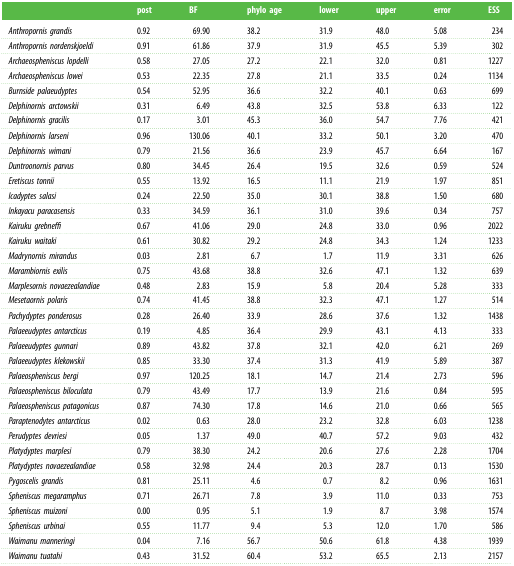
<table><thead><tr><td></td><td><b>post</b></td><td><b>BF</b></td><td><b>phylo age</b></td><td><b>lower</b></td><td><b>upper</b></td><td><b>error</b></td><td><b>ESS</b></td></tr></thead><tbody><tr><td><i>Anthropornis grandis</i></td><td>0.92</td><td>69.90</td><td>38.2</td><td>31.9</td><td>48.0</td><td>5.08</td><td>234</td></tr><tr><td><i>Anthropornis nordenskjoeldi</i></td><td>0.91</td><td>61.86</td><td>37.9</td><td>31.9</td><td>45.5</td><td>5.39</td><td>302</td></tr><tr><td><i>Archaeospheniscus lopdelli</i></td><td>0.58</td><td>27.05</td><td>27.2</td><td>22.1</td><td>32.0</td><td>0.81</td><td>1227</td></tr><tr><td><i>Archaeospheniscus lowei</i></td><td>0.53</td><td>22.35</td><td>27.8</td><td>21.1</td><td>33.5</td><td>0.24</td><td>1134</td></tr><tr><td><i>Burnside palaeudyptes</i></td><td>0.54</td><td>52.95</td><td>36.6</td><td>32.2</td><td>40.1</td><td>0.63</td><td>699</td></tr><tr><td><i>Delphinornis arctowskii</i></td><td>0.31</td><td>6.49</td><td>43.8</td><td>32.5</td><td>53.8</td><td>6.33</td><td>122</td></tr><tr><td><i>Delphinornis gracilis</i></td><td>0.17</td><td>3.01</td><td>45.3</td><td>36.0</td><td>54.7</td><td>7.76</td><td>421</td></tr><tr><td><i>Delphinornis larseni</i></td><td>0.96</td><td>130.06</td><td>40.1</td><td>33.2</td><td>50.1</td><td>3.20</td><td>470</td></tr><tr><td><i>Delphinornis wimani</i></td><td>0.79</td><td>21.56</td><td>36.6</td><td>23.9</td><td>45.7</td><td>6.64</td><td>167</td></tr><tr><td><i>Duntroonornis parvus</i></td><td>0.80</td><td>34.45</td><td>26.4</td><td>19.5</td><td>32.6</td><td>0.59</td><td>524</td></tr><tr><td><i>Eretiscus tonnii</i></td><td>0.55</td><td>13.92</td><td>16.5</td><td>11.1</td><td>21.9</td><td>1.97</td><td>851</td></tr><tr><td><i>Icadyptes salasi</i></td><td>0.24</td><td>22.50</td><td>35.0</td><td>30.1</td><td>38.8</td><td>1.50</td><td>680</td></tr><tr><td><i>Inkayacu paracasensis</i></td><td>0.33</td><td>34.59</td><td>36.1</td><td>31.0</td><td>39.6</td><td>0.34</td><td>757</td></tr><tr><td><i>Kairuku grebneffi</i></td><td>0.67</td><td>41.06</td><td>29.0</td><td>24.8</td><td>33.0</td><td>0.96</td><td>2022</td></tr><tr><td><i>Kairuku waitaki</i></td><td>0.61</td><td>30.82</td><td>29.2</td><td>24.8</td><td>34.3</td><td>1.24</td><td>1233</td></tr><tr><td><i>Madrynornis mirandus</i></td><td>0.03</td><td>2.81</td><td>6.7</td><td>1.7</td><td>11.9</td><td>3.31</td><td>626</td></tr><tr><td><i>Marambiornis exilis</i></td><td>0.75</td><td>43.68</td><td>38.8</td><td>32.6</td><td>47.1</td><td>1.32</td><td>639</td></tr><tr><td><i>Marplesornis novaezealandiae</i></td><td>0.48</td><td>2.83</td><td>15.9</td><td>5.8</td><td>20.4</td><td>5.28</td><td>333</td></tr><tr><td><i>Mesetaornis polaris</i></td><td>0.74</td><td>41.45</td><td>38.8</td><td>32.3</td><td>47.1</td><td>1.27</td><td>514</td></tr><tr><td><i>Pachydyptes ponderosus</i></td><td>0.28</td><td>26.40</td><td>33.9</td><td>28.6</td><td>37.6</td><td>1.32</td><td>1438</td></tr><tr><td><i>Palaeeudyptes antarcticus</i></td><td>0.19</td><td>4.85</td><td>36.4</td><td>29.9</td><td>43.1</td><td>4.13</td><td>333</td></tr><tr><td><i>Palaeeudyptes gunnari</i></td><td>0.89</td><td>43.82</td><td>37.8</td><td>32.1</td><td>42.0</td><td>6.21</td><td>269</td></tr><tr><td><i>Palaeeudyptes klekowskii</i></td><td>0.85</td><td>33.30</td><td>37.4</td><td>31.3</td><td>41.9</td><td>5.89</td><td>387</td></tr><tr><td><i>Palaeospheniscus bergi</i></td><td>0.97</td><td>120.25</td><td>18.1</td><td>14.7</td><td>21.4</td><td>2.73</td><td>596</td></tr><tr><td><i>Palaeospheniscus biloculata</i></td><td>0.79</td><td>43.49</td><td>17.7</td><td>13.9</td><td>21.6</td><td>0.84</td><td>595</td></tr><tr><td><i>Palaeospheniscus patagonicus</i></td><td>0.87</td><td>74.30</td><td>17.8</td><td>14.6</td><td>21.0</td><td>0.66</td><td>565</td></tr><tr><td><i>Paraptenodytes antarcticus</i></td><td>0.02</td><td>0.63</td><td>28.0</td><td>23.2</td><td>32.8</td><td>6.03</td><td>1238</td></tr><tr><td><i>Perudyptes devriesi</i></td><td>0.05</td><td>1.37</td><td>49.0</td><td>40.7</td><td>57.2</td><td>9.03</td><td>432</td></tr><tr><td><i>Platydyptes marplesi</i></td><td>0.79</td><td>38.30</td><td>24.2</td><td>20.6</td><td>27.6</td><td>2.28</td><td>1704</td></tr><tr><td><i>Platydyptes novaezealandiae</i></td><td>0.58</td><td>32.98</td><td>24.4</td><td>20.3</td><td>28.7</td><td>0.13</td><td>1530</td></tr><tr><td><i>Pygoscelis grandis</i></td><td>0.81</td><td>25.11</td><td>4.6</td><td>0.7</td><td>8.2</td><td>0.96</td><td>1631</td></tr><tr><td><i>Spheniscus megaramphus</i></td><td>0.71</td><td>26.71</td><td>7.8</td><td>3.9</td><td>11.0</td><td>0.33</td><td>753</td></tr><tr><td><i>Spheniscus muizoni</i></td><td>0.00</td><td>0.95</td><td>5.1</td><td>1.9</td><td>8.7</td><td>3.98</td><td>1574</td></tr><tr><td><i>Spheniscus urbinai</i></td><td>0.55</td><td>11.77</td><td>9.4</td><td>5.3</td><td>12.0</td><td>1.70</td><td>586</td></tr><tr><td><i>Waimanu manneringi</i></td><td>0.04</td><td>7.16</td><td>56.7</td><td>50.6</td><td>61.8</td><td>4.38</td><td>1939</td></tr><tr><td><i>Waimanu tuatahi</i></td><td>0.43</td><td>31.52</td><td>60.4</td><td>53.2</td><td>65.5</td><td>2.13</td><td>2157</td></tr></tbody></table>